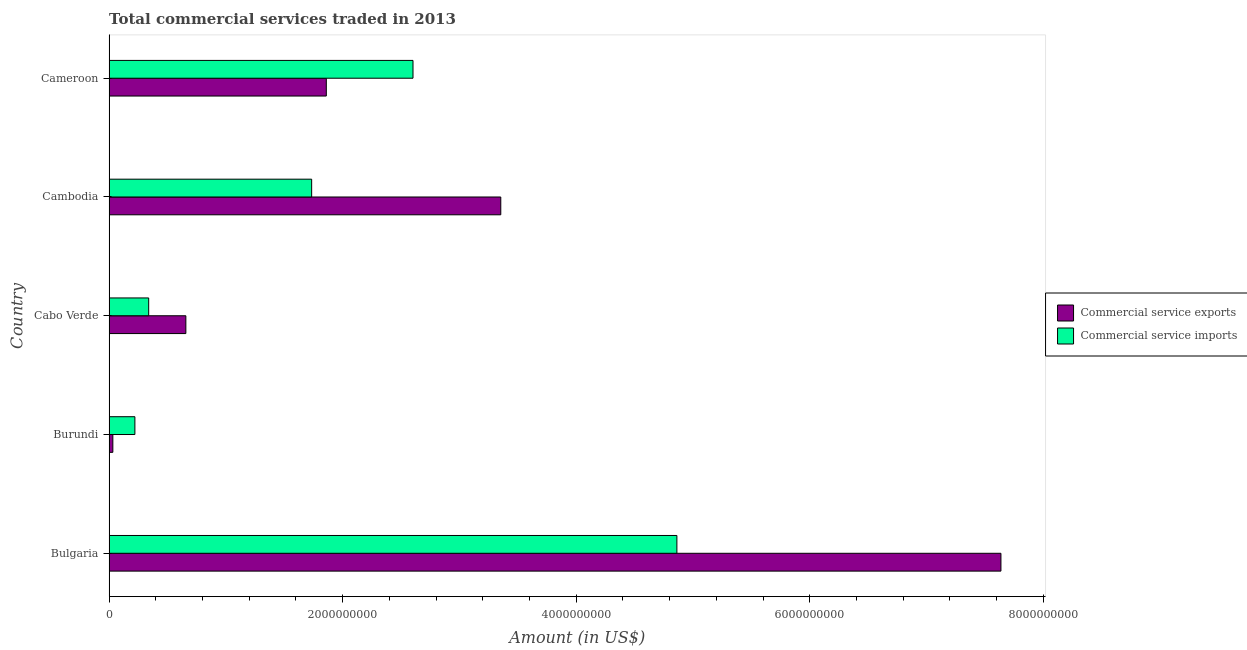
| Country | Commercial service exports | Commercial service imports |
 | --- | --- | --- |
 | Bulgaria | 7.64e+09 | 4.86e+09 |
 | Burundi | 3.23e+07 | 2.21e+08 |
 | Cabo Verde | 6.58e+08 | 3.39e+08 |
 | Cambodia | 3.35e+09 | 1.73e+09 |
 | Cameroon | 1.86e+09 | 2.6e+09 |